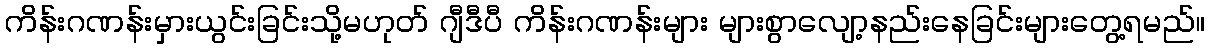
ကိန်းဂဏန်းမှားယွင်းခြင်းသို့မဟုတ် ဂျီဒီပီ ကိန်းဂဏန်းများ များစွာလျော့နည်းနေခြင်းများတွေ့ရမည်။